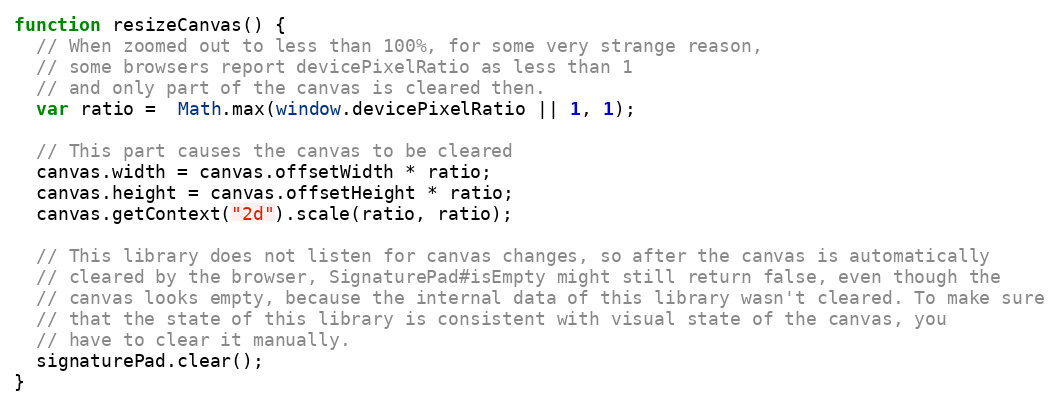
Language: JavaScript
function resizeCanvas() {
  // When zoomed out to less than 100%, for some very strange reason,
  // some browsers report devicePixelRatio as less than 1
  // and only part of the canvas is cleared then.
  var ratio =  Math.max(window.devicePixelRatio || 1, 1);

  // This part causes the canvas to be cleared
  canvas.width = canvas.offsetWidth * ratio;
  canvas.height = canvas.offsetHeight * ratio;
  canvas.getContext("2d").scale(ratio, ratio);

  // This library does not listen for canvas changes, so after the canvas is automatically
  // cleared by the browser, SignaturePad#isEmpty might still return false, even though the
  // canvas looks empty, because the internal data of this library wasn't cleared. To make sure
  // that the state of this library is consistent with visual state of the canvas, you
  // have to clear it manually.
  signaturePad.clear();
}